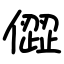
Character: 㒊